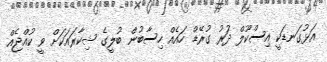
އަޅުގަނޑަކީ އިސްކޫލް ދަުރު ގުރޭޑް ހައެއް ހިސާބުން ބުލީގެ ޝިކާރައަކަށް ވީ ކުއްޖެއް